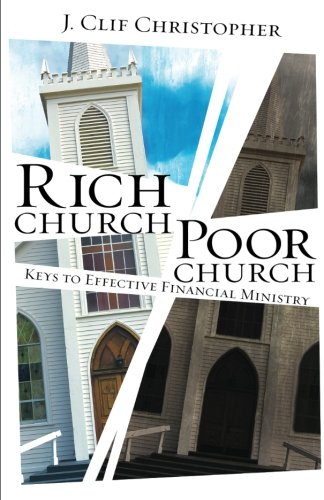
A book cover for Rich Church, Poor Church: Keys to Effective Financial Ministry; J. Clif Christopher; Christian Books & Bibles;